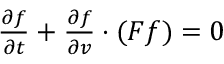
\begin{array} { r } { \frac { \partial f } { \partial t } + \frac { \partial f } { \partial v } \cdot ( F f ) = 0 } \end{array}